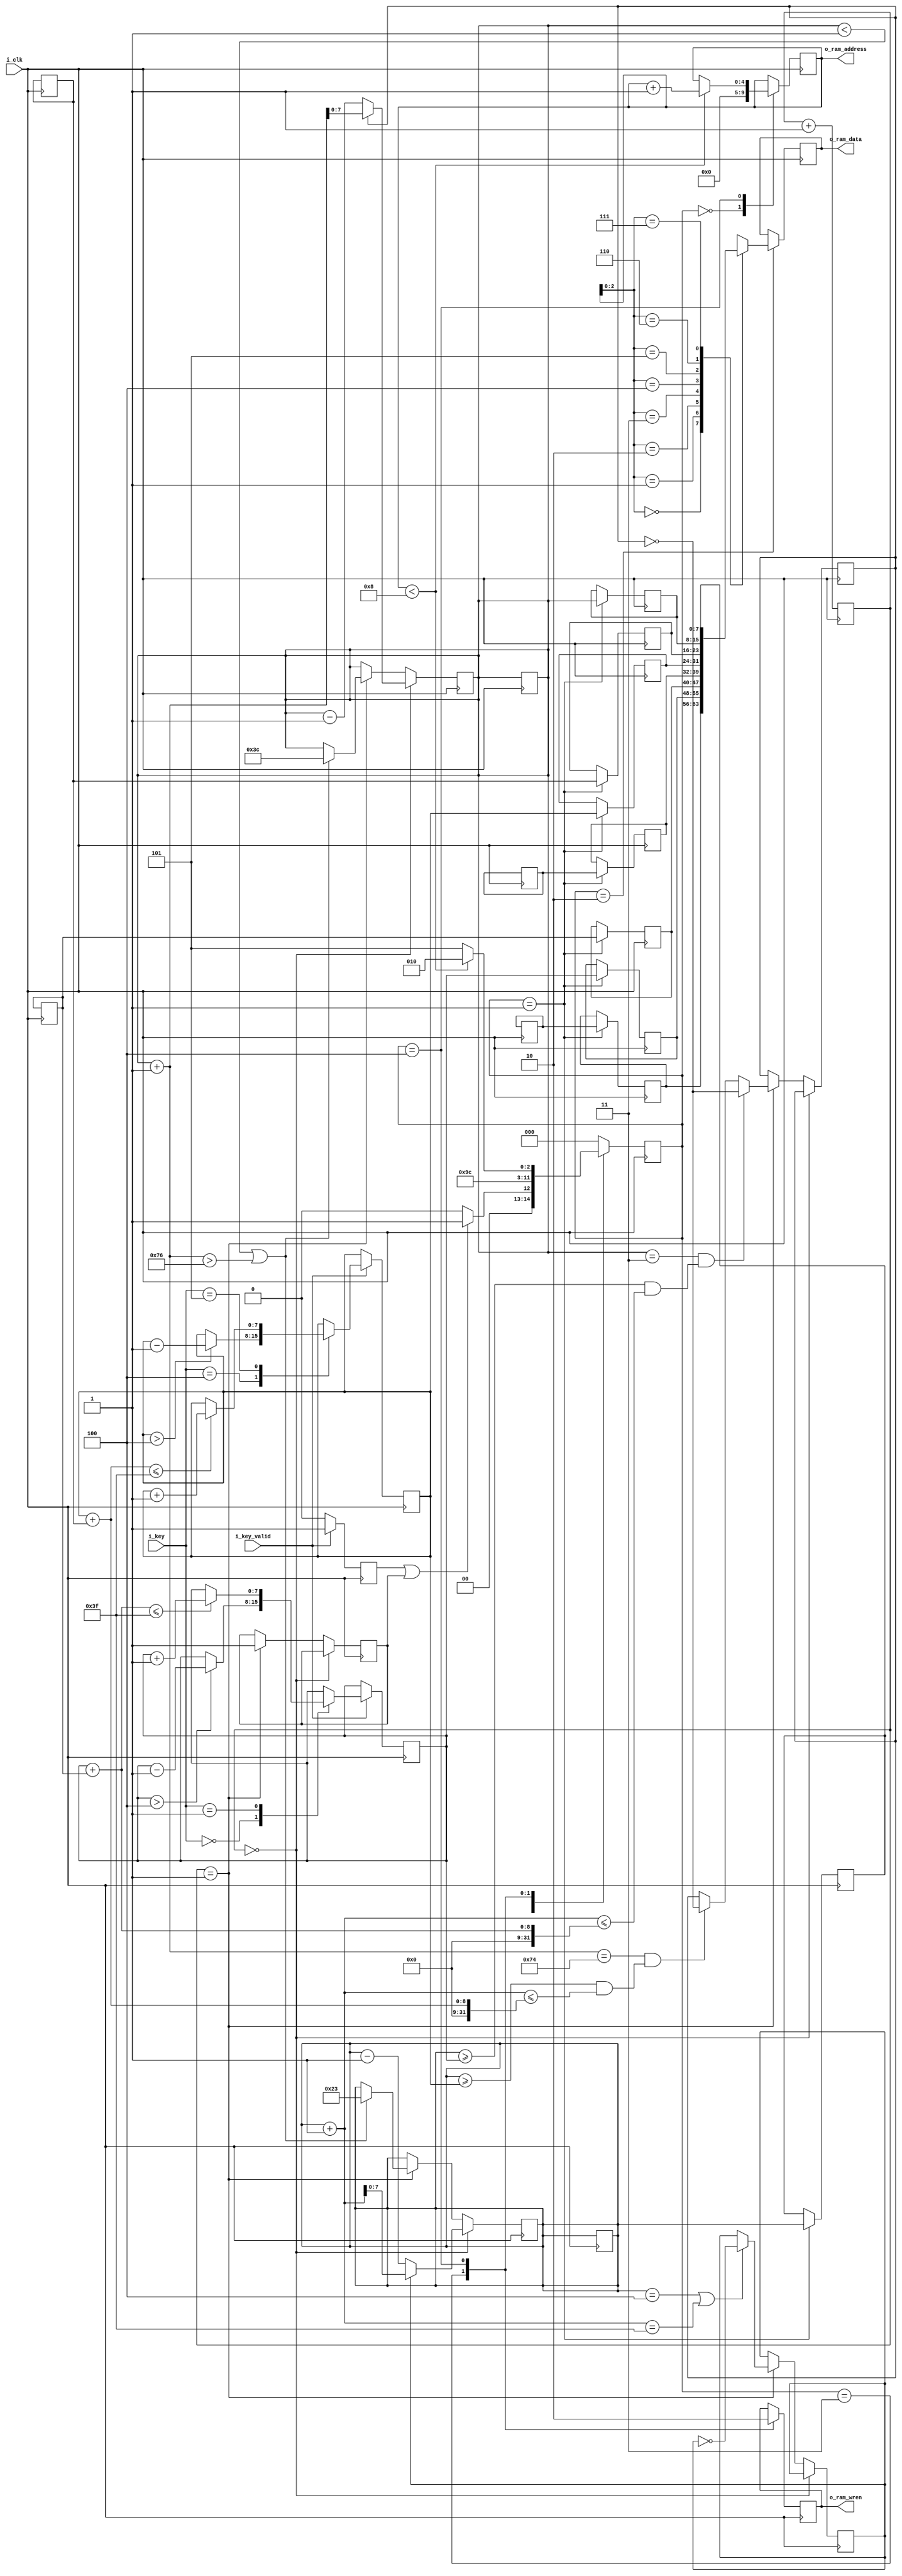
module game (
	input i_clk,
	input [7:0] i_key,
	input i_key_valid,
	output [4:0] o_ram_address,
	output [7:0] o_ram_data,
	output o_ram_wren
);

localparam IDLE = 3'b000;
localparam TO_ARRAY = 3'b001;
localparam WRITE_DATA = 3'b010;
localparam WRITE_ENABLE = 3'b011;
localparam NEXT_ADDRESS = 3'b100;
localparam END = 3'b101;

localparam Lup = 8'h00;
localparam Ldown = 8'h01;
localparam Rup = 8'h04;
localparam Rdown = 8'h05;

reg [2:0] r_state_ram = IDLE;
reg r_write_enable = 0;
reg [4:0] r_ram_address;
reg [7:0] r_ram_data_array [7:0];
reg [7:0] r_ram_data;
reg r_update_player = 0;
reg r_update_ball = 0;

reg [7:0] r_player1_x = 1;
reg [7:0] r_player1_y = 10;
reg [7:0] r_player1_h = 20;
reg [7:0] r_player2_x = 117;
reg [7:0] r_player2_y = 15;
reg [7:0] r_player2_h = 25;
reg [7:0] r_ball_x = 50;
reg [7:0] r_ball_y = 30;

reg [20:0] counter = 0;
reg dir_x = 0;
reg dir_y = 0;

	always @ (posedge i_clk)
	begin
		counter <= counter + 21'b1;
		
		if(counter == 21'b0)
		begin
			if(dir_x) r_ball_x <= r_ball_x + 1;
			else r_ball_x <= r_ball_x - 1;
			if(dir_y) r_ball_y <= r_ball_y + 1;
			else r_ball_y <= r_ball_y - 1;
		end
		else if(counter == 21'b1)
		begin
			if(r_ball_x == 3 && (r_ball_y >= r_player1_y && (r_ball_y+1) <= (r_player1_y+r_player1_h)))
			begin
				dir_x <= ~dir_x;
			end
			else if(r_ball_x+1 == 116 && (r_ball_y >= r_player2_y && (r_ball_y+1) <= (r_player2_y+r_player2_h)))
			begin
				dir_x <= ~dir_x;
			end
			//else if((r_ball_x == 3 && (r_ball_y == r_player1_y - 1 || r_ball_y + 1 == r_player1_y+r_player1_h+1)) || (r_ball_x+1 == 116 && (r_ball_y == r_player2_y - 1 || r_ball_y + 1 == r_player2_y+r_player2_h+1)))
			//begin
			//	dir_x <= ~dir_x;
			//	dir_y <= ~dir_y;
			//end
			else 
			begin
				dir_x <= dir_x;
			end
		
			
			if(r_ball_y == 4 || r_ball_y+1 == 63)
			begin
				dir_y <= ~dir_y;
			end
			else dir_y <= dir_y; 
			if(r_ball_x < 1 || r_ball_x+1 > 118 )
			begin
				r_ball_x <= 60;
				r_ball_y <= 35;
			end
			else 
			begin
				r_ball_x <= r_ball_x;
				r_ball_y <= r_ball_y;
			end
		
			r_update_ball <= 1'b1;
		end
		else
		begin
			r_ball_x <= r_ball_x;
			r_ball_y <= r_ball_y;
			dir_x <= dir_x;
			dir_y <= dir_y;
		end
	end

	always @ (posedge i_clk)
		begin
			case(r_state_ram)
				IDLE:
				begin
					r_ram_address <= 5'b0;
					if(r_update_player == 1'b1 || r_update_ball == 1'b1) r_state_ram <= TO_ARRAY;
					else r_state_ram <= IDLE;
				end
				TO_ARRAY:
				begin
					r_ram_data_array[0] <= r_player1_x;
					r_ram_data_array[1] <= r_player1_y;
					r_ram_data_array[2] <= r_player1_h;
					r_ram_data_array[3] <= r_player2_x;
					r_ram_data_array[4] <= r_player2_y;
					r_ram_data_array[5] <= r_player2_h;
					r_ram_data_array[6] <= r_ball_x;
					r_ram_data_array[7] <= r_ball_y;
					
					r_state_ram <= WRITE_DATA;
				end
				WRITE_DATA:
				begin
					r_ram_data <= r_ram_data_array[r_ram_address];
					r_state_ram <= WRITE_ENABLE;
				end
				WRITE_ENABLE:
				begin
					r_write_enable <= 1'b1;
					r_state_ram <= NEXT_ADDRESS;
				end
				NEXT_ADDRESS:
				begin
					r_write_enable <= 1'b0;
					if(r_ram_address < 8)
					begin
						r_ram_address <= r_ram_address + 1;
						r_state_ram <= WRITE_DATA;
					end
					else r_state_ram <= END;
				end
				END:
				begin
					r_state_ram <= IDLE;
				end
				
				default: r_state_ram <= IDLE;
			endcase
		end
		
		always @ (posedge i_clk)
		begin
			if(i_key_valid)
			begin
				case(i_key)
					Lup: 
					begin
						if(r_player1_y > 4) r_player1_y <= r_player1_y - 1;
						else r_player1_y <= r_player1_y;
					end
					Ldown:
					begin
						if(r_player1_y + r_player1_h <= 63) r_player1_y <= r_player1_y + 1;
						else r_player1_y <= r_player1_y;
					end
					Rup:
					begin
						if(r_player2_y > 4) r_player2_y <= r_player2_y - 1;
						else r_player2_y <= r_player2_y;
					end
					Rdown:
					begin
						if(r_player2_y + r_player2_h <= 63) r_player2_y <= r_player2_y + 1;
						else r_player2_y <= r_player2_y;
					end
					default: 
					begin
						r_player1_y <= r_player1_y;
						r_player2_y <= r_player2_y;
					end
				endcase
				
				r_update_player <= 1'b1;
			end
			else
			begin
				r_player1_x <= r_player1_x;
				r_player1_y <= r_player1_y;
				r_player1_h <= r_player1_h;
				r_player2_x <= r_player2_x;
				r_player2_y <= r_player2_y;
				r_player2_h <= r_player2_h;
				r_ball_x <= r_ball_x;
				r_ball_y <= r_ball_y;
				
				r_update_player <= 1'b0;
			end
		end

	assign o_ram_wren = r_write_enable;
	assign o_ram_address = r_ram_address;
	assign o_ram_data = r_ram_data;

endmodule